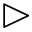
\vartriangleright